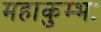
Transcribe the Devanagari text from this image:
महाकुम्भः